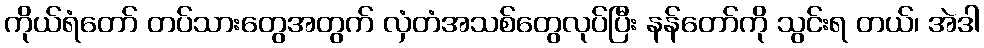
ကိုယ်ရံတော် တပ်သားတွေအတွက် လှံတံအသစ်တွေလုပ်ပြီး နန်တော်ကို သွင်းရ တယ်၊ အဲဒါ